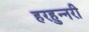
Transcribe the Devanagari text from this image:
हरहुन्‍नरी